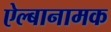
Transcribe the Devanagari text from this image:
ऐल्बानामक